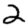
Digit: 2